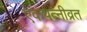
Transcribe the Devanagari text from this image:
एकपत्‍नीव्रत